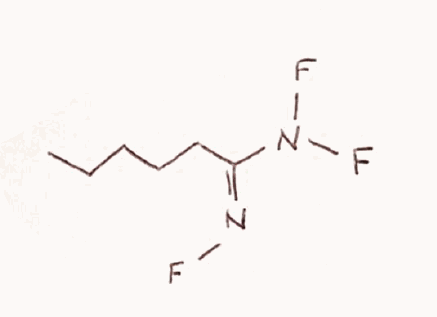
Simplified molecular-input line-entry system (SMILES) notation of the given molecule:
CCCCC/C(=N\F)/N(F)F